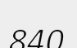
840